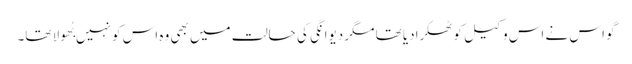
گو اس نے اس وکیل کو ٹھکرادیا تھا مگر دیوانگی کی حالت میں بھی وہ اس کو نہیں بُھولا تھا۔